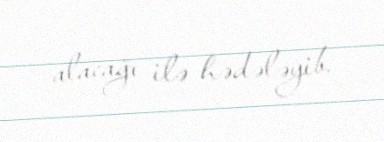
alacağı ilə hədələyib.